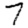
Digit: 7